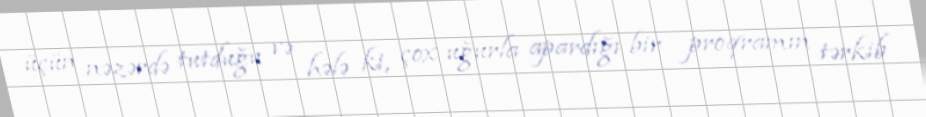
üçün nəzərdə tutduğu və hələ ki, çox uğurla apardığı bir proqramın tərkib